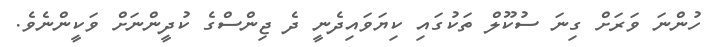
ހުންނަ ވަރަށް ގިނަ ސުކޫލް ތަކުގައި ކިޔަވައިދެނީ ދެ ޖިންސްގެ ކުދީންނަށް ވަކީންނެވެ.